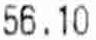
56.10